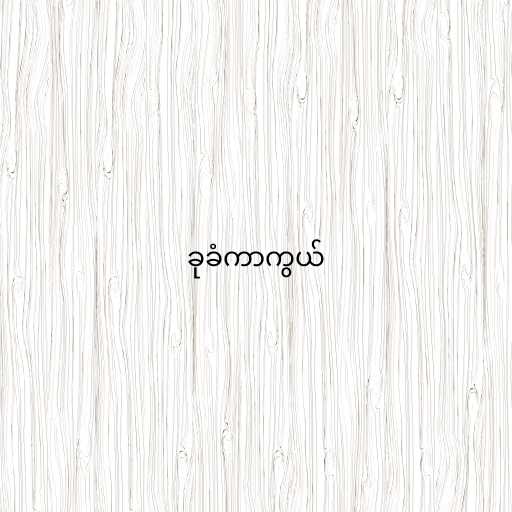
ခုခံကာကွယ်